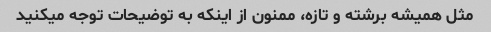
مثل همیشه برشته و تازه، ممنون از اینکه به توضیحات توجه میکنید